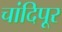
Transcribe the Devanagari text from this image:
चांदिपूर